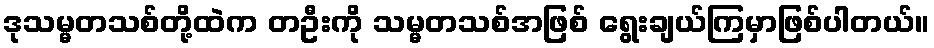
ဒုသမ္မတသစ်တို့ထဲက တဦးကို သမ္မတသစ်အဖြစ် ရွေးချယ်ကြမှာဖြစ်ပါတယ်။